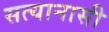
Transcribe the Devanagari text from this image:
सत्यानासी